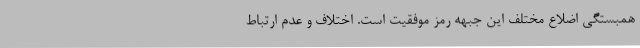
همبستگی اضلاع مختلف این جبهه رمز موفقیت است. اختلاف و عدم ارتباط